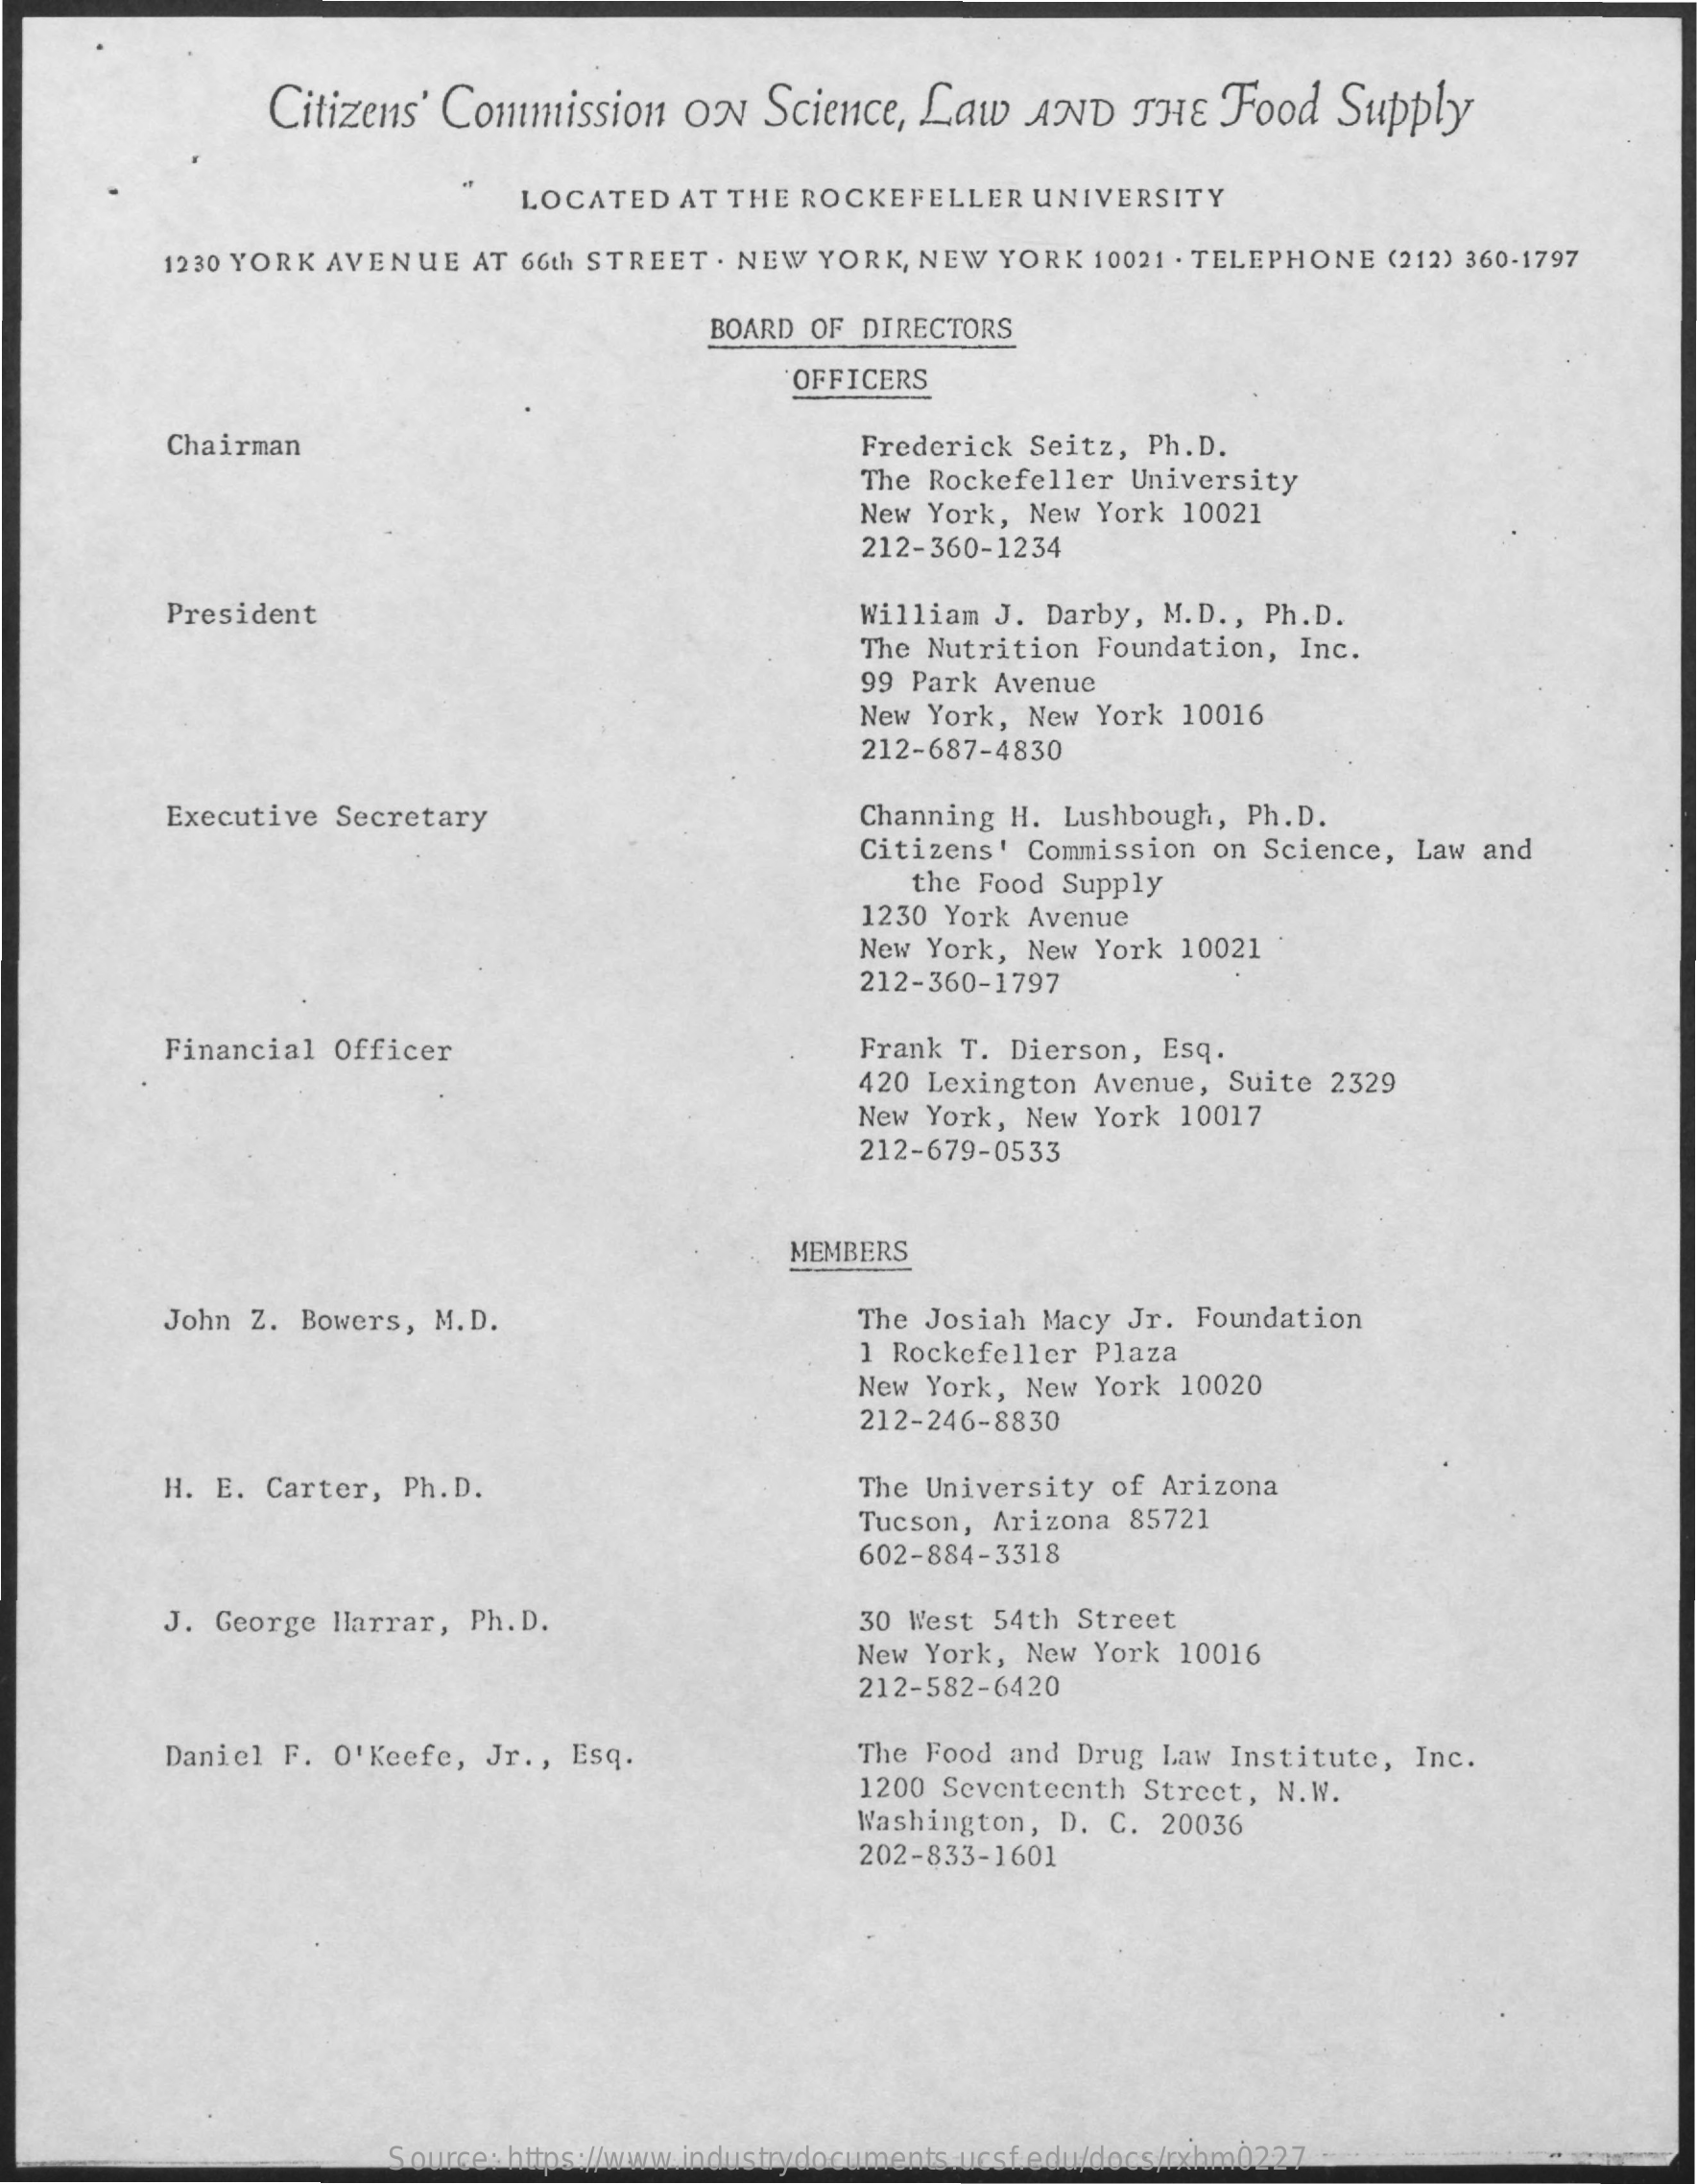
Citizens' Commission ON Science, Law AND  THE Food  Supply
     LOCATED AT THE ROCKEFELLER UNIVERSITY
     1230 YORK AVENUE AT 66th STREET . NEW YORK, NEW YORK 10021 . TELEPHONE (212) 360-1797
     BOARD OF DIRECTORS
     OFFICERS
     Chairman    Frederick Seitz, Ph.D.
     The Rockefeller University
     New York, New York 10021
     212-360-1234
     President    William J. Darby, M.D ., Ph.D.
     The Nutrition Foundation, Inc.
     99 Park Avenue
     New York, New York 10016
     212-687-4830
     Executive Secretary    Channing H. Lushbough, Ph.D.
     Citizens' Commission on Science, Law and
     the Food Supply
     1230 York Avenue
     New York, New York 10021
     212-360-1797
     Financial Officer    Frank T. Dierson, Esq.
     420 Lexington Avenue, Suite 2329
     New York, New York 10017
     212-679-0533
     MEMBERS
     John Z. Bowers, M.D.    The Josiah Macy Jr. Foundation
     1 Rockefeller Plaza
     New York, New York 10020
     212-246-8830
     H. E. Carter, Ph.D.    The University of Arizona
     Tucson, Arizona 85721
     602-884-3318
     J. George Harrar, Ph.D.    30 West 54th Street
     New York, New York 10016
     212-582-6420
     Daniel F. O'Keefe, Jr ., Esq.    The Food and Drug Law Institute, Inc.
     1200 Seventeenth Street, N.W.
     Washington, D. C. 20036
     202-833-1601
     Source: https://www.industrydocuments.ucsf.edu/docs/rxhm0227